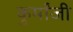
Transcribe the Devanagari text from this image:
कुर्मांजी